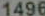
1496